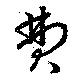
費